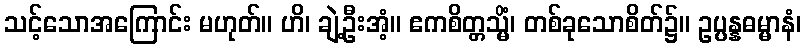
သင့်သောအကြောင်း မဟုတ်။ ဟိ၊ ချဲ့ဦးအံ့။ ဧကစိတ္တသ္မိံ၊ တစ်ခုသောစိတ်၌။ ဥပ္ပန္နဓမ္မာနံ၊